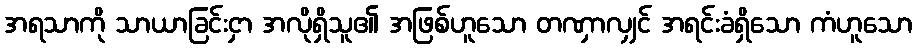
အရသာကို သာယာခြင်းငှာ အလိုရှိသူ၏ အဖြစ်ဟူသော တဏှာလျှင် အရင်းခံရှိသော ကံဟူသော